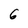
Character: 6